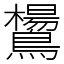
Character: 鸉